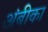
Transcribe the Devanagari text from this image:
अंबीका